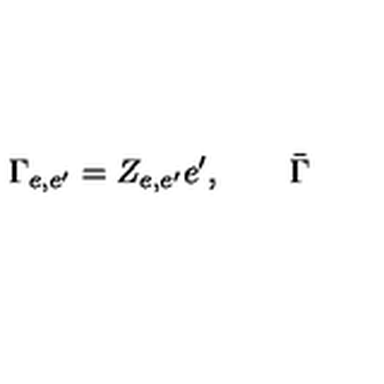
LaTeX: \Gamma _ { e , e ^ { \prime } } = Z _ { e , e ^ { \prime } } e ^ { \prime } , \qquad \bar { \Gamma }